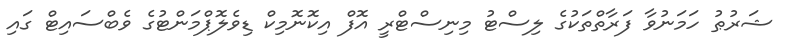
ޝަރުޠު ހަމަނުވާ ފަރާތްތަކުގެ ލިސްޓު މިނިސްޓްރީ އޮފް އިކޮނޮމިކް ޑިވެލޮޕްމަންޓުގެ ވެބްސައިޓް ގައި